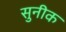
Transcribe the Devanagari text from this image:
सुनीक